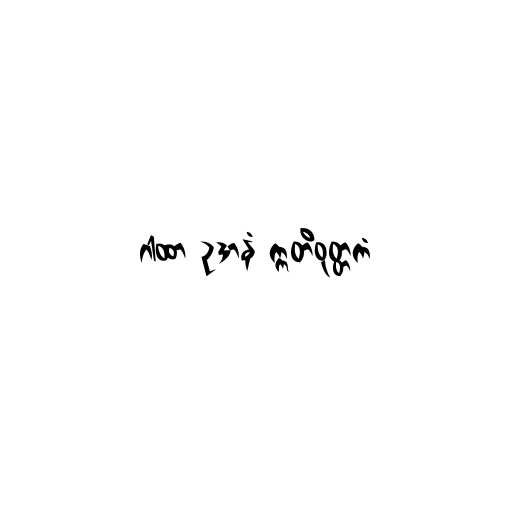
ဂါထာ ဥဒာနံ ဣတိဝုတ္တကံ